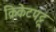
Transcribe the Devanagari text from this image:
क्रिकेटपट्टू